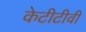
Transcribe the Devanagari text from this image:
केटीटीवी